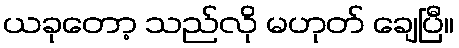
ယခုတော့ သည်လို မဟုတ် ချေပြီ။